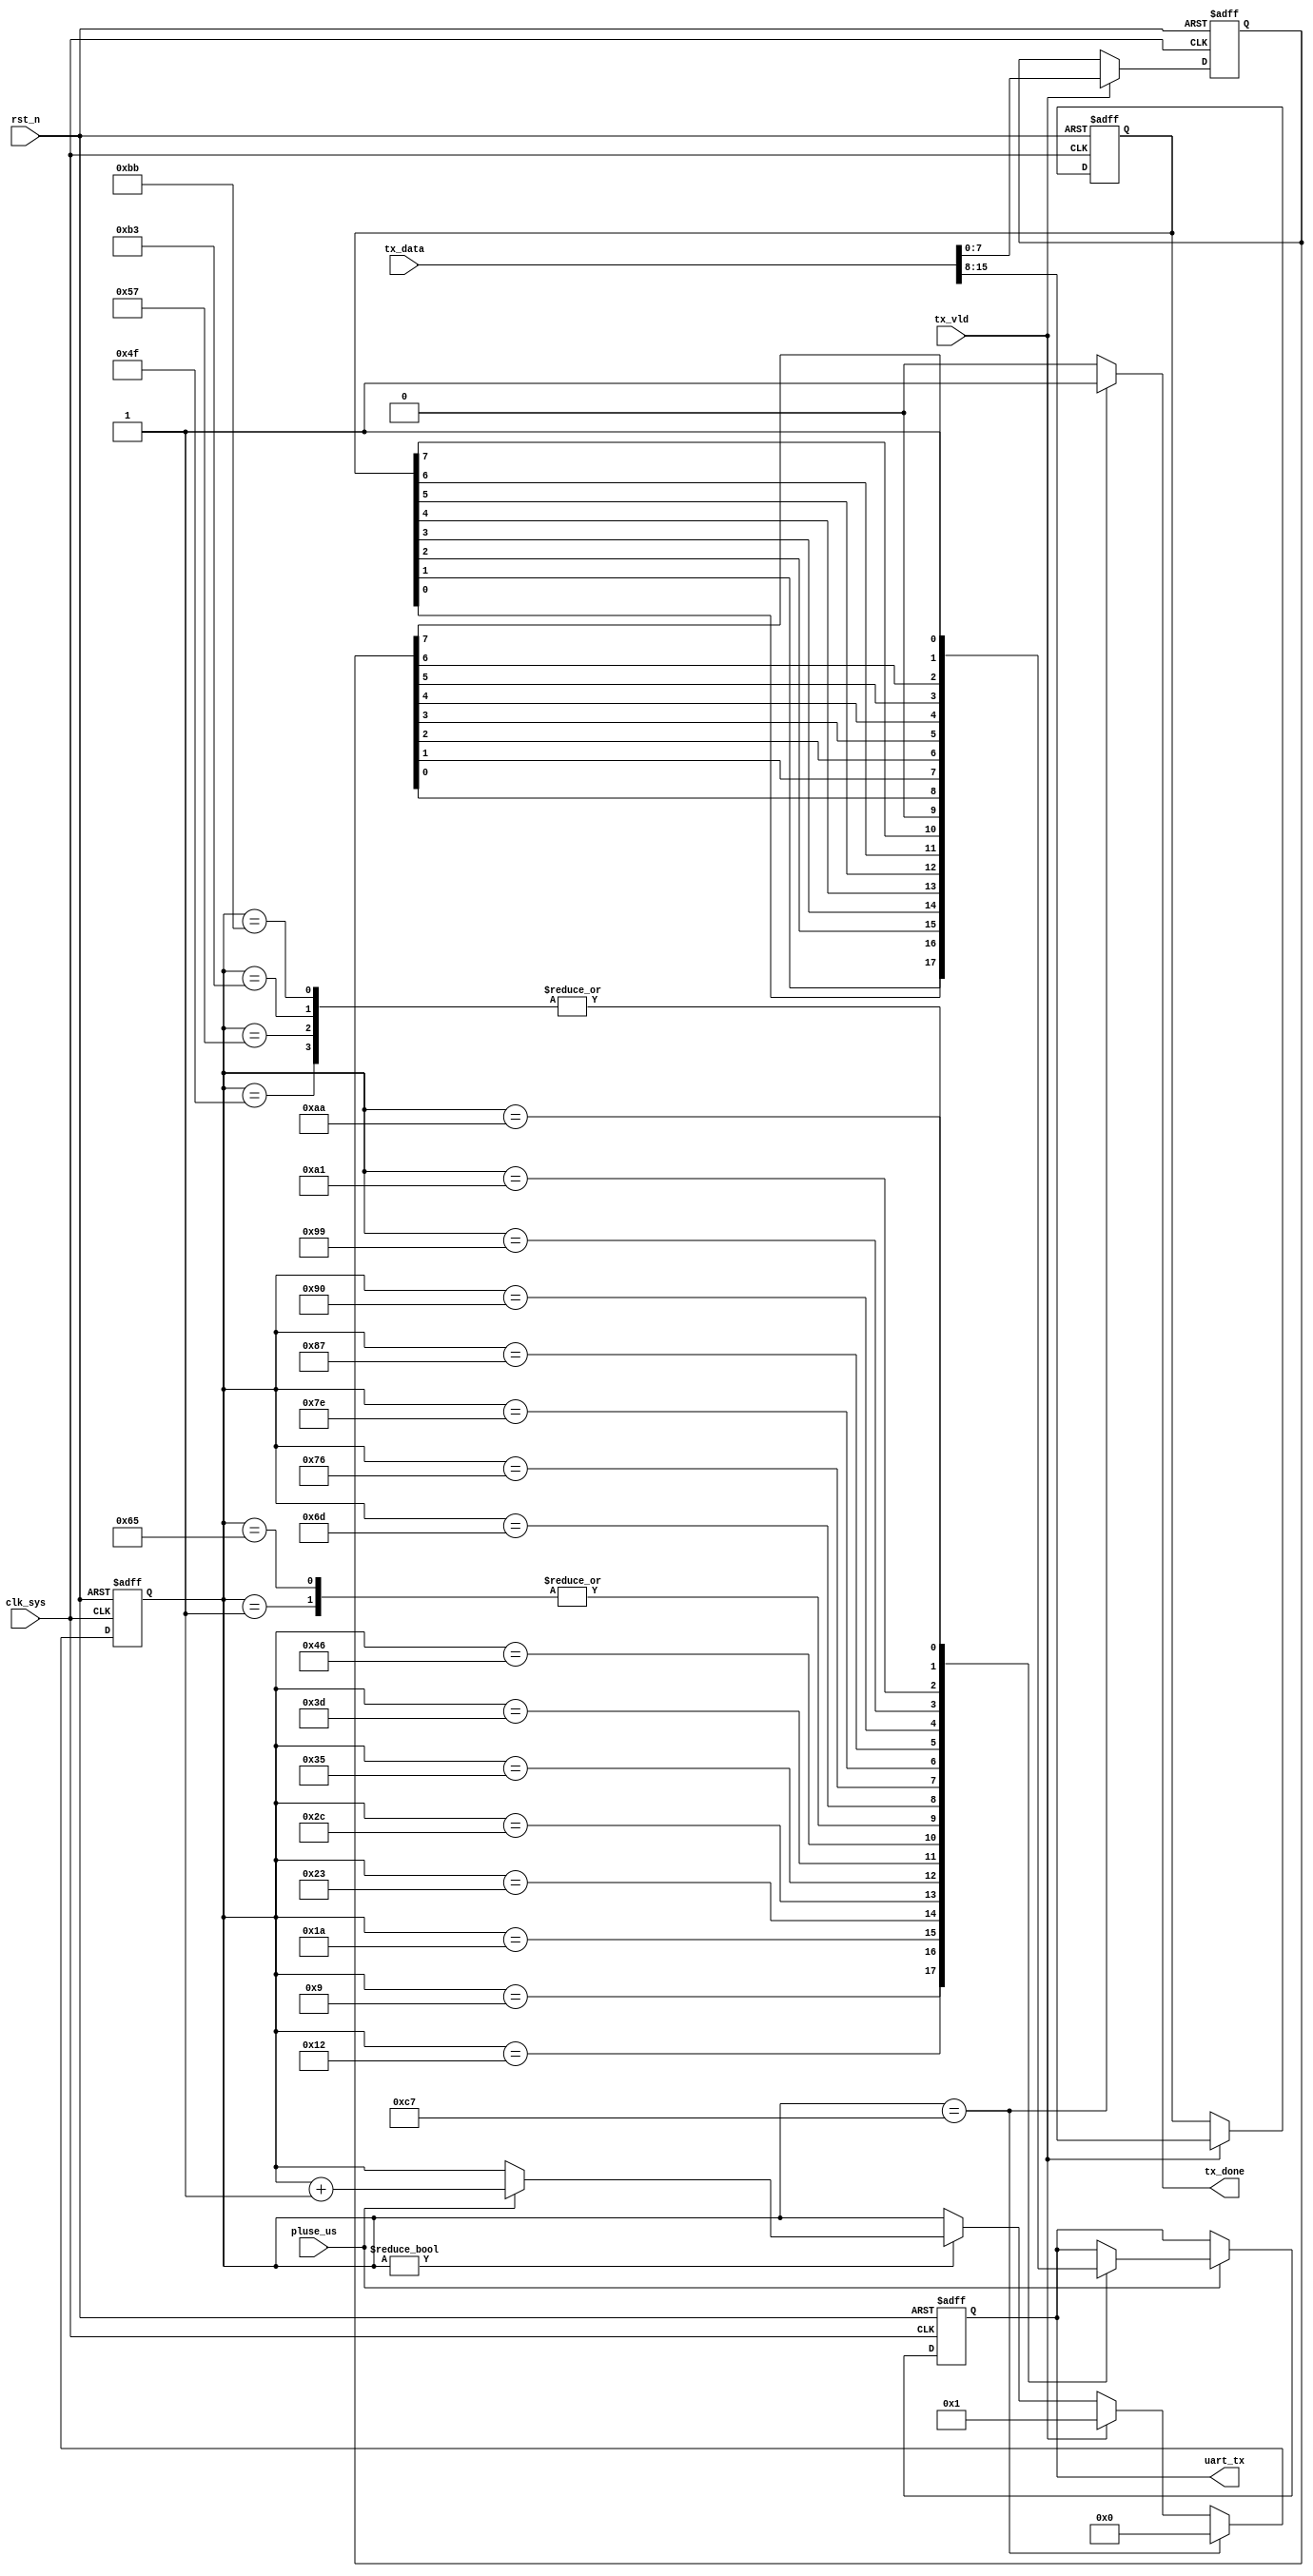
//phy_utx2.v

module phy_utx2(
uart_tx,
tx_data,
tx_vld,
tx_done,
//clk rst
clk_sys,
pluse_us,
rst_n
);
output uart_tx;
input [15:0]	tx_data;
input 			tx_vld;
output			tx_done;
//clk rst
input clk_sys;
input pluse_us;
input rst_n;
//---------------------------------
//---------------------------------


//--------- main counter ----------
reg [7:0] cnt_us;
always @ (posedge clk_sys or negedge rst_n)	begin
	if(~rst_n)
		cnt_us <= 8'd0;
	else if(cnt_us== 8'd199)
			cnt_us <= 8'd0;
	else if(tx_vld)
		cnt_us <= 8'd1;		
	else if(cnt_us != 8'd0)
			cnt_us <= pluse_us ? (cnt_us + 8'h1) : cnt_us;
	else ;
end


wire tx_done = (cnt_us== 8'd199) ? 1'b1 : 1'b0;


reg xor_tx;
reg [7:0] lock_tx;
reg [7:0] lock_tx2;
always @ (posedge clk_sys or negedge rst_n)	begin
	if(~rst_n) begin
		xor_tx <= 1'b0;
		lock_tx <= 8'h0;
		lock_tx2 <= 8'h0;
	end
	else if(tx_vld) begin
		xor_tx <= ^tx_data;
		lock_tx <= tx_data[15:8];
		lock_tx2 <= tx_data[7:0];
	end
	else ;
end


//--------- uart tx output ----------
reg uart_tx;
always @ (posedge clk_sys or negedge rst_n)	begin
	if(~rst_n)
		uart_tx <= 1'b1;
	else if(pluse_us)	begin
		case(cnt_us)
			8'd1 : uart_tx <= 1'b0;		//start bit
			8'd9 : uart_tx <= lock_tx[0];
			8'd18 : uart_tx <= lock_tx[1];
			8'd26 : uart_tx <= lock_tx[2];
			8'd35 : uart_tx <= lock_tx[3];
			8'd44 : uart_tx <= lock_tx[4];
			8'd53 : uart_tx <= lock_tx[5];
			8'd61 : uart_tx <= lock_tx[6];
			8'd70 : uart_tx <= lock_tx[7];
			8'd79 : uart_tx <= 1'b1;	//no XOR_TX
			8'd87 : uart_tx <= 1'b1;	//stop bit
			8'd101 : uart_tx <= 1'b0;		//start bit
			8'd109 : uart_tx <= lock_tx2[0];
			8'd118 : uart_tx <= lock_tx2[1];
			8'd126 : uart_tx <= lock_tx2[2];
			8'd135 : uart_tx <= lock_tx2[3];
			8'd144 : uart_tx <= lock_tx2[4];
			8'd153 : uart_tx <= lock_tx2[5];
			8'd161 : uart_tx <= lock_tx2[6];
			8'd170 : uart_tx <= lock_tx2[7];
			8'd179 : uart_tx <= 1'b1;	//no XOR_TX
			8'd187 : uart_tx <= 1'b1;	//stop bit
			default : ;
		endcase
	end
	else ;
end
	
endmodule